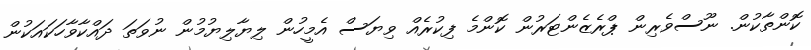
ކޮންތާކުން. ނޫސްވެރިން ޕްރެޒެންޓަރުން ކޮންމެ ފިކުރެއް ވިޔަސް އެމީހުން ލިޔާލިޔުމުން ނުވަތަ ދައްކާވާހަކައަކުން